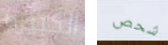
الكبيره شحص